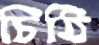
চিঠি